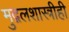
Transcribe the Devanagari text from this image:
मुद्गलशास्त्रीही